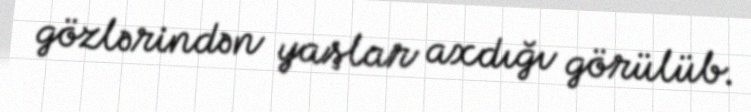
gözlərindən yaşlar axdığı görülüb.